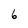
Character: 6